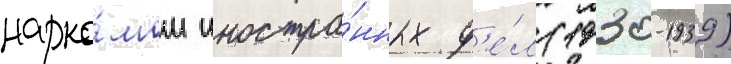
нарко́мом иностра́нных д'е́л (1930-1939)